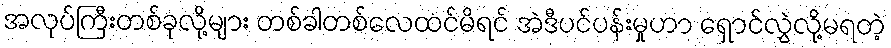
အလုပ်ကြီးတစ်ခုလို့များ တစ်ခါတစ်လေထင်မိရင် အဲဒီပင်ပန်းမှုဟာ ရှောင်လွှဲလို့မရတဲ့